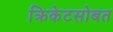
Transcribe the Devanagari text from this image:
क्रिकेटसोबत